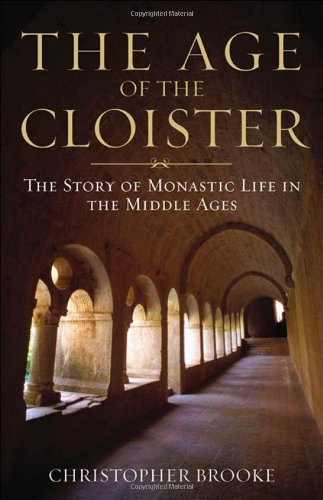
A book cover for The Age of the Cloister: The Story of Monastic Life in the Middle Ages; Christopher Brooke; Christian Books & Bibles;